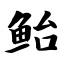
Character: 鲐